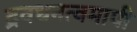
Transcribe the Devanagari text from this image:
द्रवधनत्वमापी